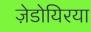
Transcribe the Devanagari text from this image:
ज़ेडोयिरया